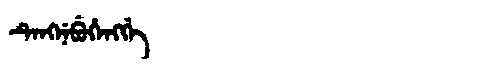
Manchu: ᡨᡝᠩᠨᡝᠪᡠᡥᡝᠩᡤᡝ
Romanization: TENGNEBUHENGGE